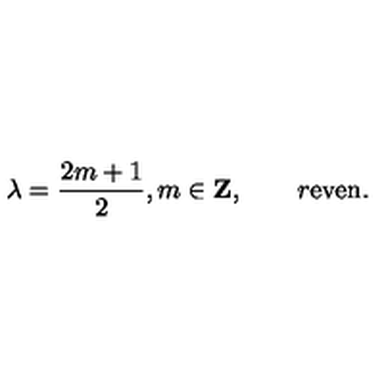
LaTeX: \lambda = { \frac { 2 m + 1 } { 2 } } , m \in { \bf Z } , \qquad r \mathrm { e v e n } .